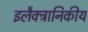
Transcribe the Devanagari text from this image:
इलैक्ट्रानिकीय